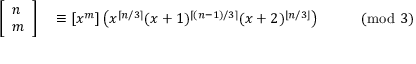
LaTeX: \begin{array} { r l r l } { \left[ { \begin{array} { l } { n } \\ { m } \end{array} } \right] } & { { } \equiv [ x ^ { m } ] \left( x ^ { \lceil n / 3 \rceil } ( x + 1 ) ^ { \lceil ( n - 1 ) / 3 \rceil } ( x + 2 ) ^ { \lfloor n / 3 \rfloor } \right) } & { } & { { } { \pmod { 3 } } } \end{array}